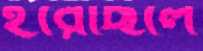
হরেছিলে